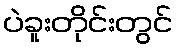
ပဲခူးတိုင်းတွင်